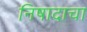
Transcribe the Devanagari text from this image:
निषादाचा